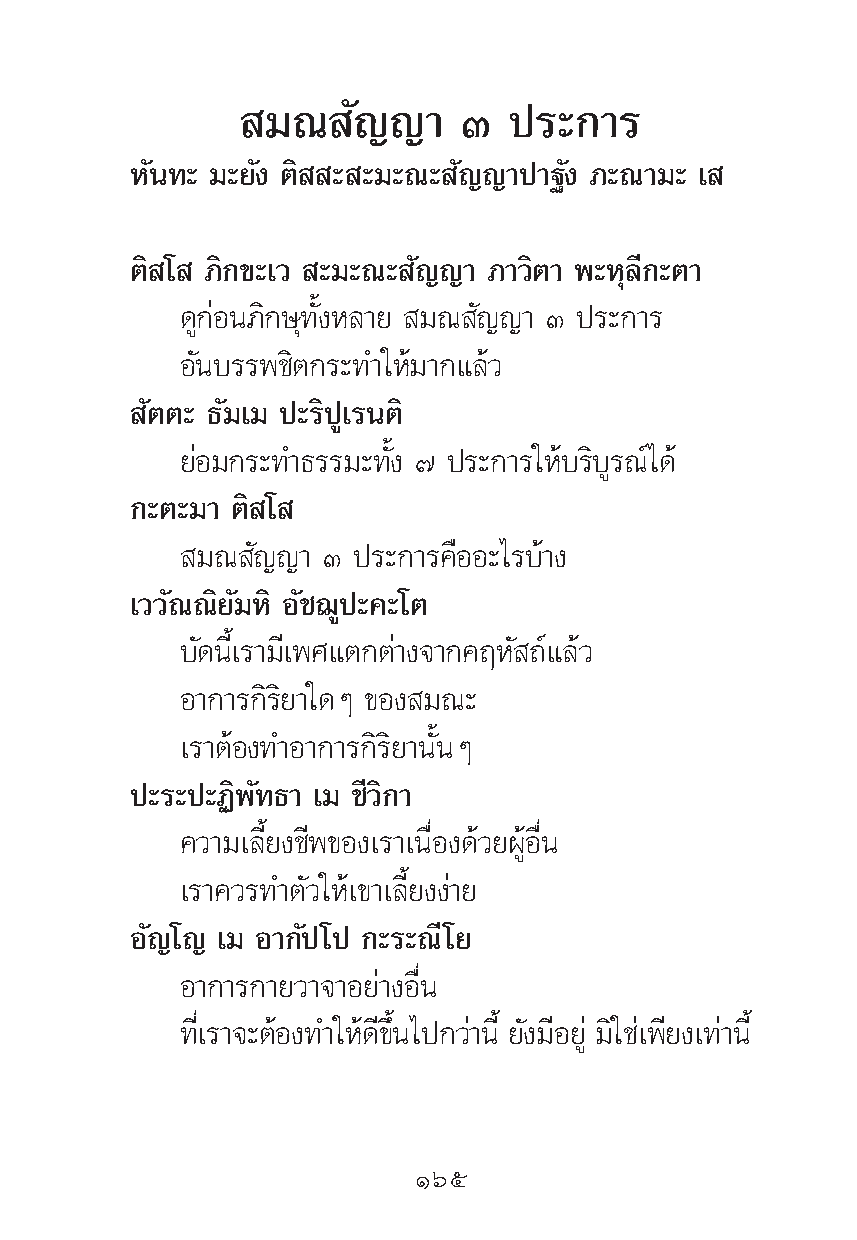
¡≥   —≠≠“   Û   ª√–°“√
 À—π∑– ¡–¬—ß μ‘ – –¡–≥– —≠≠“ª“∞—ß ¿–≥“¡– ‡
 μ‘ ‚ ¿‘°¢–‡« –¡–≥– —≠≠“ ¿“«‘μ“ æ–Àÿ≈’°–μ“
 ¥Ÿ°àÕπ¿‘°…ÿ∑—ÈßÀ≈“¬ ¡≥ —≠≠“ Û ª√–°“√
 Õ—π∫√√æ™‘μ°√–∑”„Àâ¡“°·≈â«
 —μμ– ∏—¡‡¡ ª–√‘ªŸ‡√πμ‘
 ¬àÕ¡°√–∑”∏√√¡–∑—Èß ˜ ª√–°“√„Àâ∫√‘∫Ÿ√≥å‰¥â
 °–μ–¡“ μ‘ ‚
 ¡≥  —≠≠“ Û ª√–°“√§◊ÕÕ–‰√∫â“ß
 ‡««—≥≥‘¬—¡À‘ Õ—™¨Ÿª–§–‚μ
 ∫—¥π’È‡√“¡’‡æ»·μ°μà“ß®“°§ƒÀ— ∂å·≈â«
 Õ“°“√°‘√‘¬“„¥Ê ¢Õß ¡≥–
 ‡√“μâÕß∑”Õ“°“√°‘√‘¬“π—ÈπÊ
 ª–√–ª–Ø‘æ—∑∏“ ‡¡ ™’«‘°“
 §«“¡‡≈’È¬ß™’æ¢Õß‡√“‡π◊ËÕß¥â«¬ºŸâÕ◊Ëπ
 ‡√“§«√∑”μ—«„Àâ‡¢“‡≈’È¬ßßà“¬
 Õ—≠‚≠ ‡¡ Õ“°—ª‚ª °–√–≥’‚¬
 Õ“°“√°“¬«“®“Õ¬à“ßÕ◊Ëπ
 ∑’Ë‡√“®–μâÕß∑”„Àâ¥’¢÷Èπ‰ª°«à“π’È ¬—ß¡’Õ¬Ÿà ¡‘„™à‡æ’¬ß‡∑à“π’È
 Òˆı